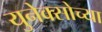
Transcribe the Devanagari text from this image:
युनेक्सोच्या